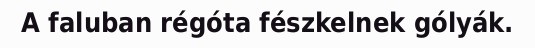
A faluban régóta fészkelnek gólyák.